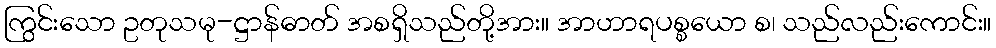
ကြွင်းသော ဥတုသမု-ဋ္ဌာန်ဓာတ် အစရှိသည်တို့အား။ အာဟာရပစ္စယော စ၊ သည်လည်းကောင်း။